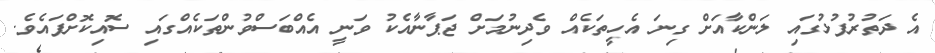
އެ ދަތުރުފުޅުގައި ލަންކާއަށް ގިނަ އެހީތަކެއް ވެދިނުމަށް ޖަޕާނާއެކު ވަނީ އެއްބަސްވުންތަކެއްގައި ސޮއިކޮށްފައެވެ.